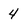
Character: 4